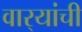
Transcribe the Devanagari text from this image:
वार्‍यांची